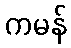
ကမန်